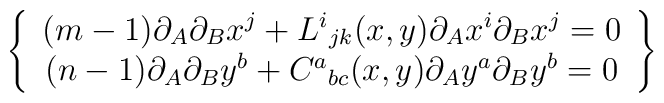
\left\{ \begin{array}{c}(m-1)\partial _A\partial _Bx^j+L^i{}_{jk}(x,y)\partial _Ax^i\partial _Bx^j=0\\ (n-1)\partial _A\partial _By^b+C^a{}_{bc}(x,y)\partial _Ay^a\partial _By^b=0 \end{array}\right\}